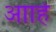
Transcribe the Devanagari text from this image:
आाहे